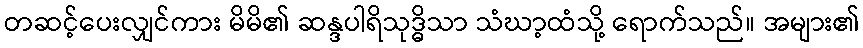
တဆင့်ပေးလျှင်ကား မိမိ၏ ဆန္ဒပါရိသုဒ္ဓိသာ သံဃာ့ထံသို့ ရောက်သည်။ အများ၏